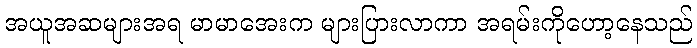
အယူအဆများအရ မာမာအေးက များပြားလာကာ အရမ်းကိုဟော့နေသည်